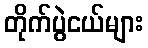
တိုက်ပွဲငယ်များ